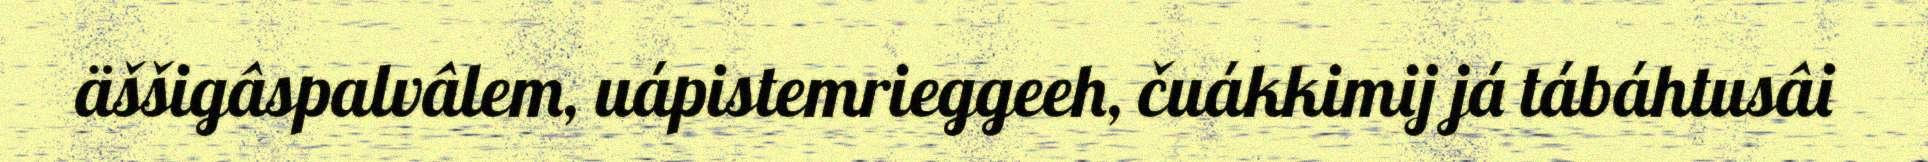
äššigâspalvâlem, uápistemrieggeeh, čuákkimij já tábáhtusâi